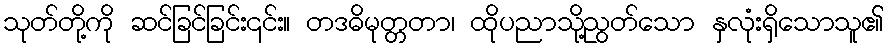
သုတ်တို့ကို ဆင်ခြင်ခြင်း၎င်း။ တဒဓိမုတ္တတာ၊ ထိုပညာသို့ညွတ်သော နှလုံးရှိသောသူ၏